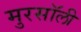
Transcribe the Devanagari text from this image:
मुरसॉली